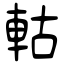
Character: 軲